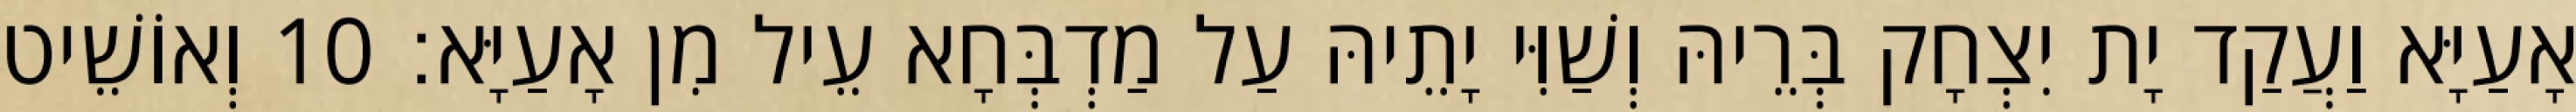
אָעַיָּא וַעֲקַד יָת יִצְחָק בְּרֵיהּ וְשַׁוִּי יָתֵיהּ עַל מַדְבְּחָא עֵיל מִן אָעַיָּא׃ 10 וְאוֹשֵׁיט